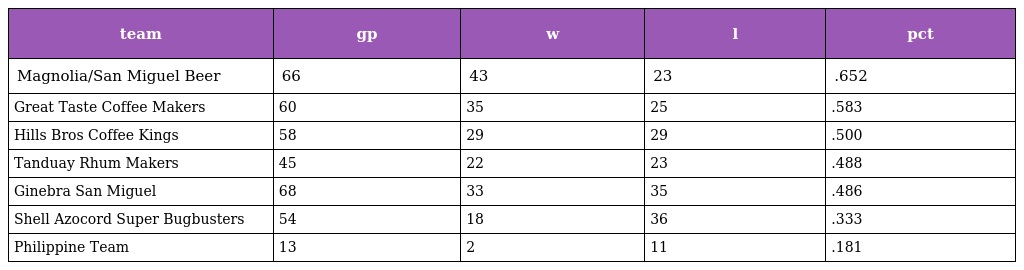
| team | gp | w | l | pct |
 | --- | --- | --- | --- | --- |
 | Magnolia/San Miguel Beer | 66 | 43 | 23 | .652 |
 | Great Taste Coffee Makers | 60 | 35 | 25 | .583 |
 | Hills Bros Coffee Kings | 58 | 29 | 29 | .500 |
 | Tanduay Rhum Makers | 45 | 22 | 23 | .488 |
 | Ginebra San Miguel | 68 | 33 | 35 | .486 |
 | Shell Azocord Super Bugbusters | 54 | 18 | 36 | .333 |
 | Philippine Team | 13 | 2 | 11 | .181 |